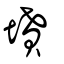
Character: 墳